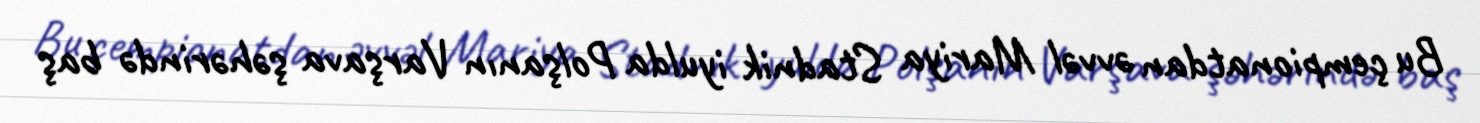
Bu çempionatdan əvvəl Mariya Stadnik iyulda Polşanın Varşava şəhərində baş